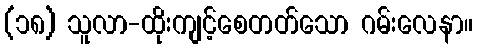
(၁၈) သူလာ-ထိုးကျင့်စေတတ်သော ဂမ်းလေနာ။